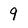
Character: 9